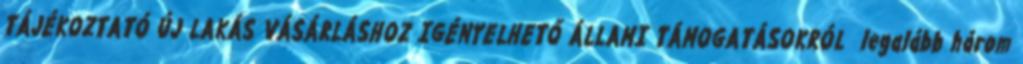
TÁJÉKOZTATÓ ÚJ LAKÁS VÁSÁRLÁSHOZ IGÉNYELHETŐ ÁLLAMI TÁMOGATÁSOKRÓL legalább három